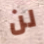
لن